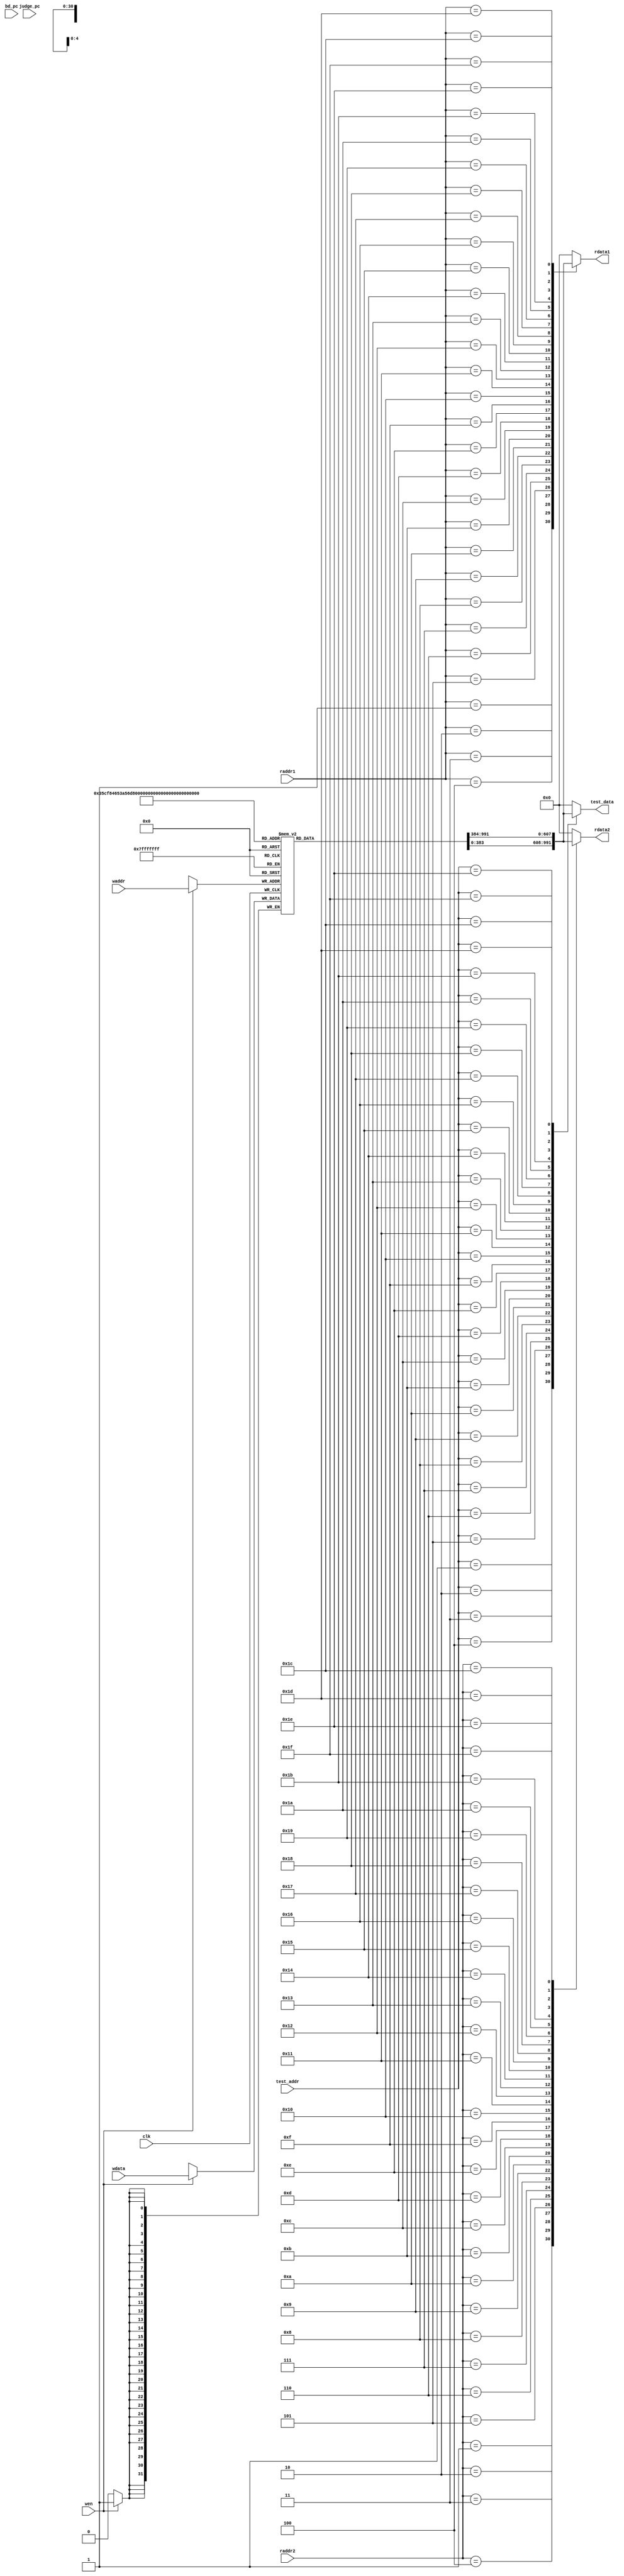
`timescale 1ns / 1ps
//*************************************************************************
//   > : regfile.v
//   >   
//*************************************************************************
module regfile(
    input             clk,
    input             wen,
    input      [4 :0] raddr1,
    input      [4 :0] raddr2,
    input      [4 :0] waddr,
    input      [31:0] wdata,
    output reg [31:0] rdata1,
    output reg [31:0] rdata2,
    input      [4 :0] test_addr,
    output reg [31:0] test_data,
	input      [31:0] bd_pc,        //WBPC
	input             judge_pc      //
    );
    reg [31:0] rf[31:0];

    always @(posedge clk)
    begin
        if (wen) 
        begin
            rf[waddr] <= wdata;
        end
    end
    
   /*  //-----{WB31}
    wire [ 31:0] delay_pc;
	assign delay_pc = bd_pc;
	always @(posedge clk)
    begin
       if (judge_pc)
       begin
           rf[31] <= delay_pc;
       end
       else
       begin
           rf[31] <= rf[31];
       end
    end
	//------end */
	
    //1
    always @(*)
    begin
        case (raddr1)
            5'd1 : rdata1 <= rf[1 ];
            5'd2 : rdata1 <= rf[2 ];
            5'd3 : rdata1 <= rf[3 ];
            5'd4 : rdata1 <= rf[4 ];
            5'd5 : rdata1 <= rf[5 ];
            5'd6 : rdata1 <= rf[6 ];
            5'd7 : rdata1 <= rf[7 ];
            5'd8 : rdata1 <= rf[8 ];
            5'd9 : rdata1 <= rf[9 ];
            5'd10: rdata1 <= rf[10];
            5'd11: rdata1 <= rf[11];
            5'd12: rdata1 <= rf[12];
            5'd13: rdata1 <= rf[13];
            5'd14: rdata1 <= rf[14];
            5'd15: rdata1 <= rf[15];
            5'd16: rdata1 <= rf[16];
            5'd17: rdata1 <= rf[17];
            5'd18: rdata1 <= rf[18];
            5'd19: rdata1 <= rf[19];
            5'd20: rdata1 <= rf[20];
            5'd21: rdata1 <= rf[21];
            5'd22: rdata1 <= rf[22];
            5'd23: rdata1 <= rf[23];
            5'd24: rdata1 <= rf[24];
            5'd25: rdata1 <= rf[25];
            5'd26: rdata1 <= rf[26];
            5'd27: rdata1 <= rf[27];
            5'd28: rdata1 <= rf[28];
            5'd29: rdata1 <= rf[29];
            5'd30: rdata1 <= rf[30];
            5'd31: rdata1 <= rf[31];
            default : rdata1 <= 32'd0;
        endcase
    end
    //2
    always @(*)
    begin
        case (raddr2)
            5'd1 : rdata2 <= rf[1 ];
            5'd2 : rdata2 <= rf[2 ];
            5'd3 : rdata2 <= rf[3 ];
            5'd4 : rdata2 <= rf[4 ];
            5'd5 : rdata2 <= rf[5 ];
            5'd6 : rdata2 <= rf[6 ];
            5'd7 : rdata2 <= rf[7 ];
            5'd8 : rdata2 <= rf[8 ];
            5'd9 : rdata2 <= rf[9 ];
            5'd10: rdata2 <= rf[10];
            5'd11: rdata2 <= rf[11];
            5'd12: rdata2 <= rf[12];
            5'd13: rdata2 <= rf[13];
            5'd14: rdata2 <= rf[14];
            5'd15: rdata2 <= rf[15];
            5'd16: rdata2 <= rf[16];
            5'd17: rdata2 <= rf[17];
            5'd18: rdata2 <= rf[18];
            5'd19: rdata2 <= rf[19];
            5'd20: rdata2 <= rf[20];
            5'd21: rdata2 <= rf[21];
            5'd22: rdata2 <= rf[22];
            5'd23: rdata2 <= rf[23];
            5'd24: rdata2 <= rf[24];
            5'd25: rdata2 <= rf[25];
            5'd26: rdata2 <= rf[26];
            5'd27: rdata2 <= rf[27];
            5'd28: rdata2 <= rf[28];
            5'd29: rdata2 <= rf[29];
            5'd30: rdata2 <= rf[30];
            5'd31: rdata2 <= rf[31];
            default : rdata2 <= 32'd0;
        endcase
    end
     //
    always @(*)
    begin
        case (test_addr)
            5'd1 : test_data <= rf[1 ];
            5'd2 : test_data <= rf[2 ];
            5'd3 : test_data <= rf[3 ];
            5'd4 : test_data <= rf[4 ];
            5'd5 : test_data <= rf[5 ];
            5'd6 : test_data <= rf[6 ];
            5'd7 : test_data <= rf[7 ];
            5'd8 : test_data <= rf[8 ];
            5'd9 : test_data <= rf[9 ];
            5'd10: test_data <= rf[10];
            5'd11: test_data <= rf[11];
            5'd12: test_data <= rf[12];
            5'd13: test_data <= rf[13];
            5'd14: test_data <= rf[14];
            5'd15: test_data <= rf[15];
            5'd16: test_data <= rf[16];
            5'd17: test_data <= rf[17];
            5'd18: test_data <= rf[18];
            5'd19: test_data <= rf[19];
            5'd20: test_data <= rf[20];
            5'd21: test_data <= rf[21];
            5'd22: test_data <= rf[22];
            5'd23: test_data <= rf[23];
            5'd24: test_data <= rf[24];
            5'd25: test_data <= rf[25];
            5'd26: test_data <= rf[26];
            5'd27: test_data <= rf[27];
            5'd28: test_data <= rf[28];
            5'd29: test_data <= rf[29];
            5'd30: test_data <= rf[30];
            5'd31: test_data <= rf[31];
            default : test_data <= 32'd0;
        endcase
    end
endmodule